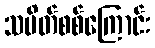
သပိတ်စစ်ကြောင်း